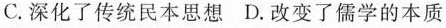
C. 深化了传统民本思想 D. 改变了儒学的本质